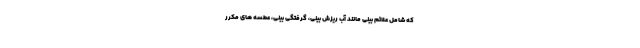
که شامل علائم بینی مانند آب ریزش بینی، گرفتگی بینی، عطسه های مکرر